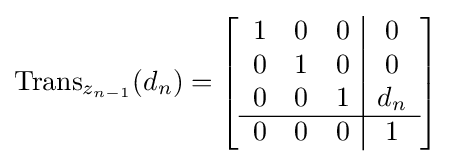
\operatorname {Trans} _{z_{n-1}}(d_{n})=\left[{\begin{array}{ccc|c}1&0&0&0\\0&1&0&0\\0&0&1&d_{n}\\\hline 0&0&0&1\end{array}}\right]